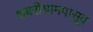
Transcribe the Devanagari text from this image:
शबरीधामपासूव